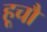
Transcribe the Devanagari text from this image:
हूचौ